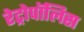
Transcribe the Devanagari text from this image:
रेट्रोपॉलिस